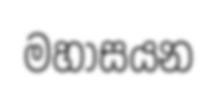
මහාසයන